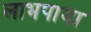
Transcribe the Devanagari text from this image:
लाभपाया